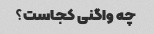
چه واگنی کجاست؟